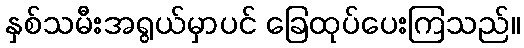
နှစ်သမီးအရွယ်မှာပင် ခြေထုပ်ပေးကြသည်။